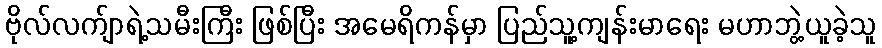
ဗိုလ်လက်ျာရဲ့သမီးကြီး ဖြစ်ပြီး အမေရိကန်မှာ ပြည်သူ့ကျန်းမာရေး မဟာဘွဲ့ယူခဲ့သူ